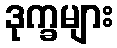
ဒုက္ခများ